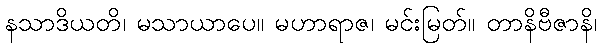
နသာဒိယတိ၊ မသာယာပေ။ မဟာရာဇ၊ မင်းမြတ်။ တာနိဗီဇာနိ၊